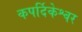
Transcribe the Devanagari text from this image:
कपर्दिकेश्वर